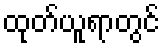
ထုတ်ယူရာတွင်